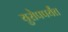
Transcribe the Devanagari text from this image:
युरोपपर्यंत